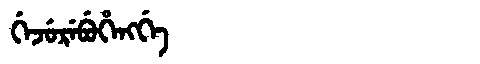
Manchu: ᡤᡝᠵᡠᡵᡝᠪᡠᡥᡝᠩᡤᡝ
Romanization: GEJUREBUHENGGE